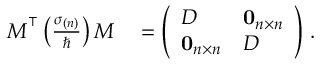
\begin{array} { r l } { \boldsymbol { M } ^ { \intercal } \left( \frac { \boldsymbol { \sigma } _ { ( n ) } } { \hbar } \right) \boldsymbol { M } } & { { } = \left( \begin{array} { l l } { \boldsymbol { D } } & { \mathbf { 0 } _ { n \times n } } \\ { \mathbf { 0 } _ { n \times n } } & { \boldsymbol { D } } \end{array} \right) \, . } \end{array}